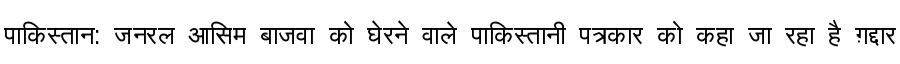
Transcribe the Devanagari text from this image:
पाकिस्तान: जनरल आसिम बाजवा को घेरने वाले पाकिस्तानी पत्रकार को कहा जा रहा है ग़द्दार